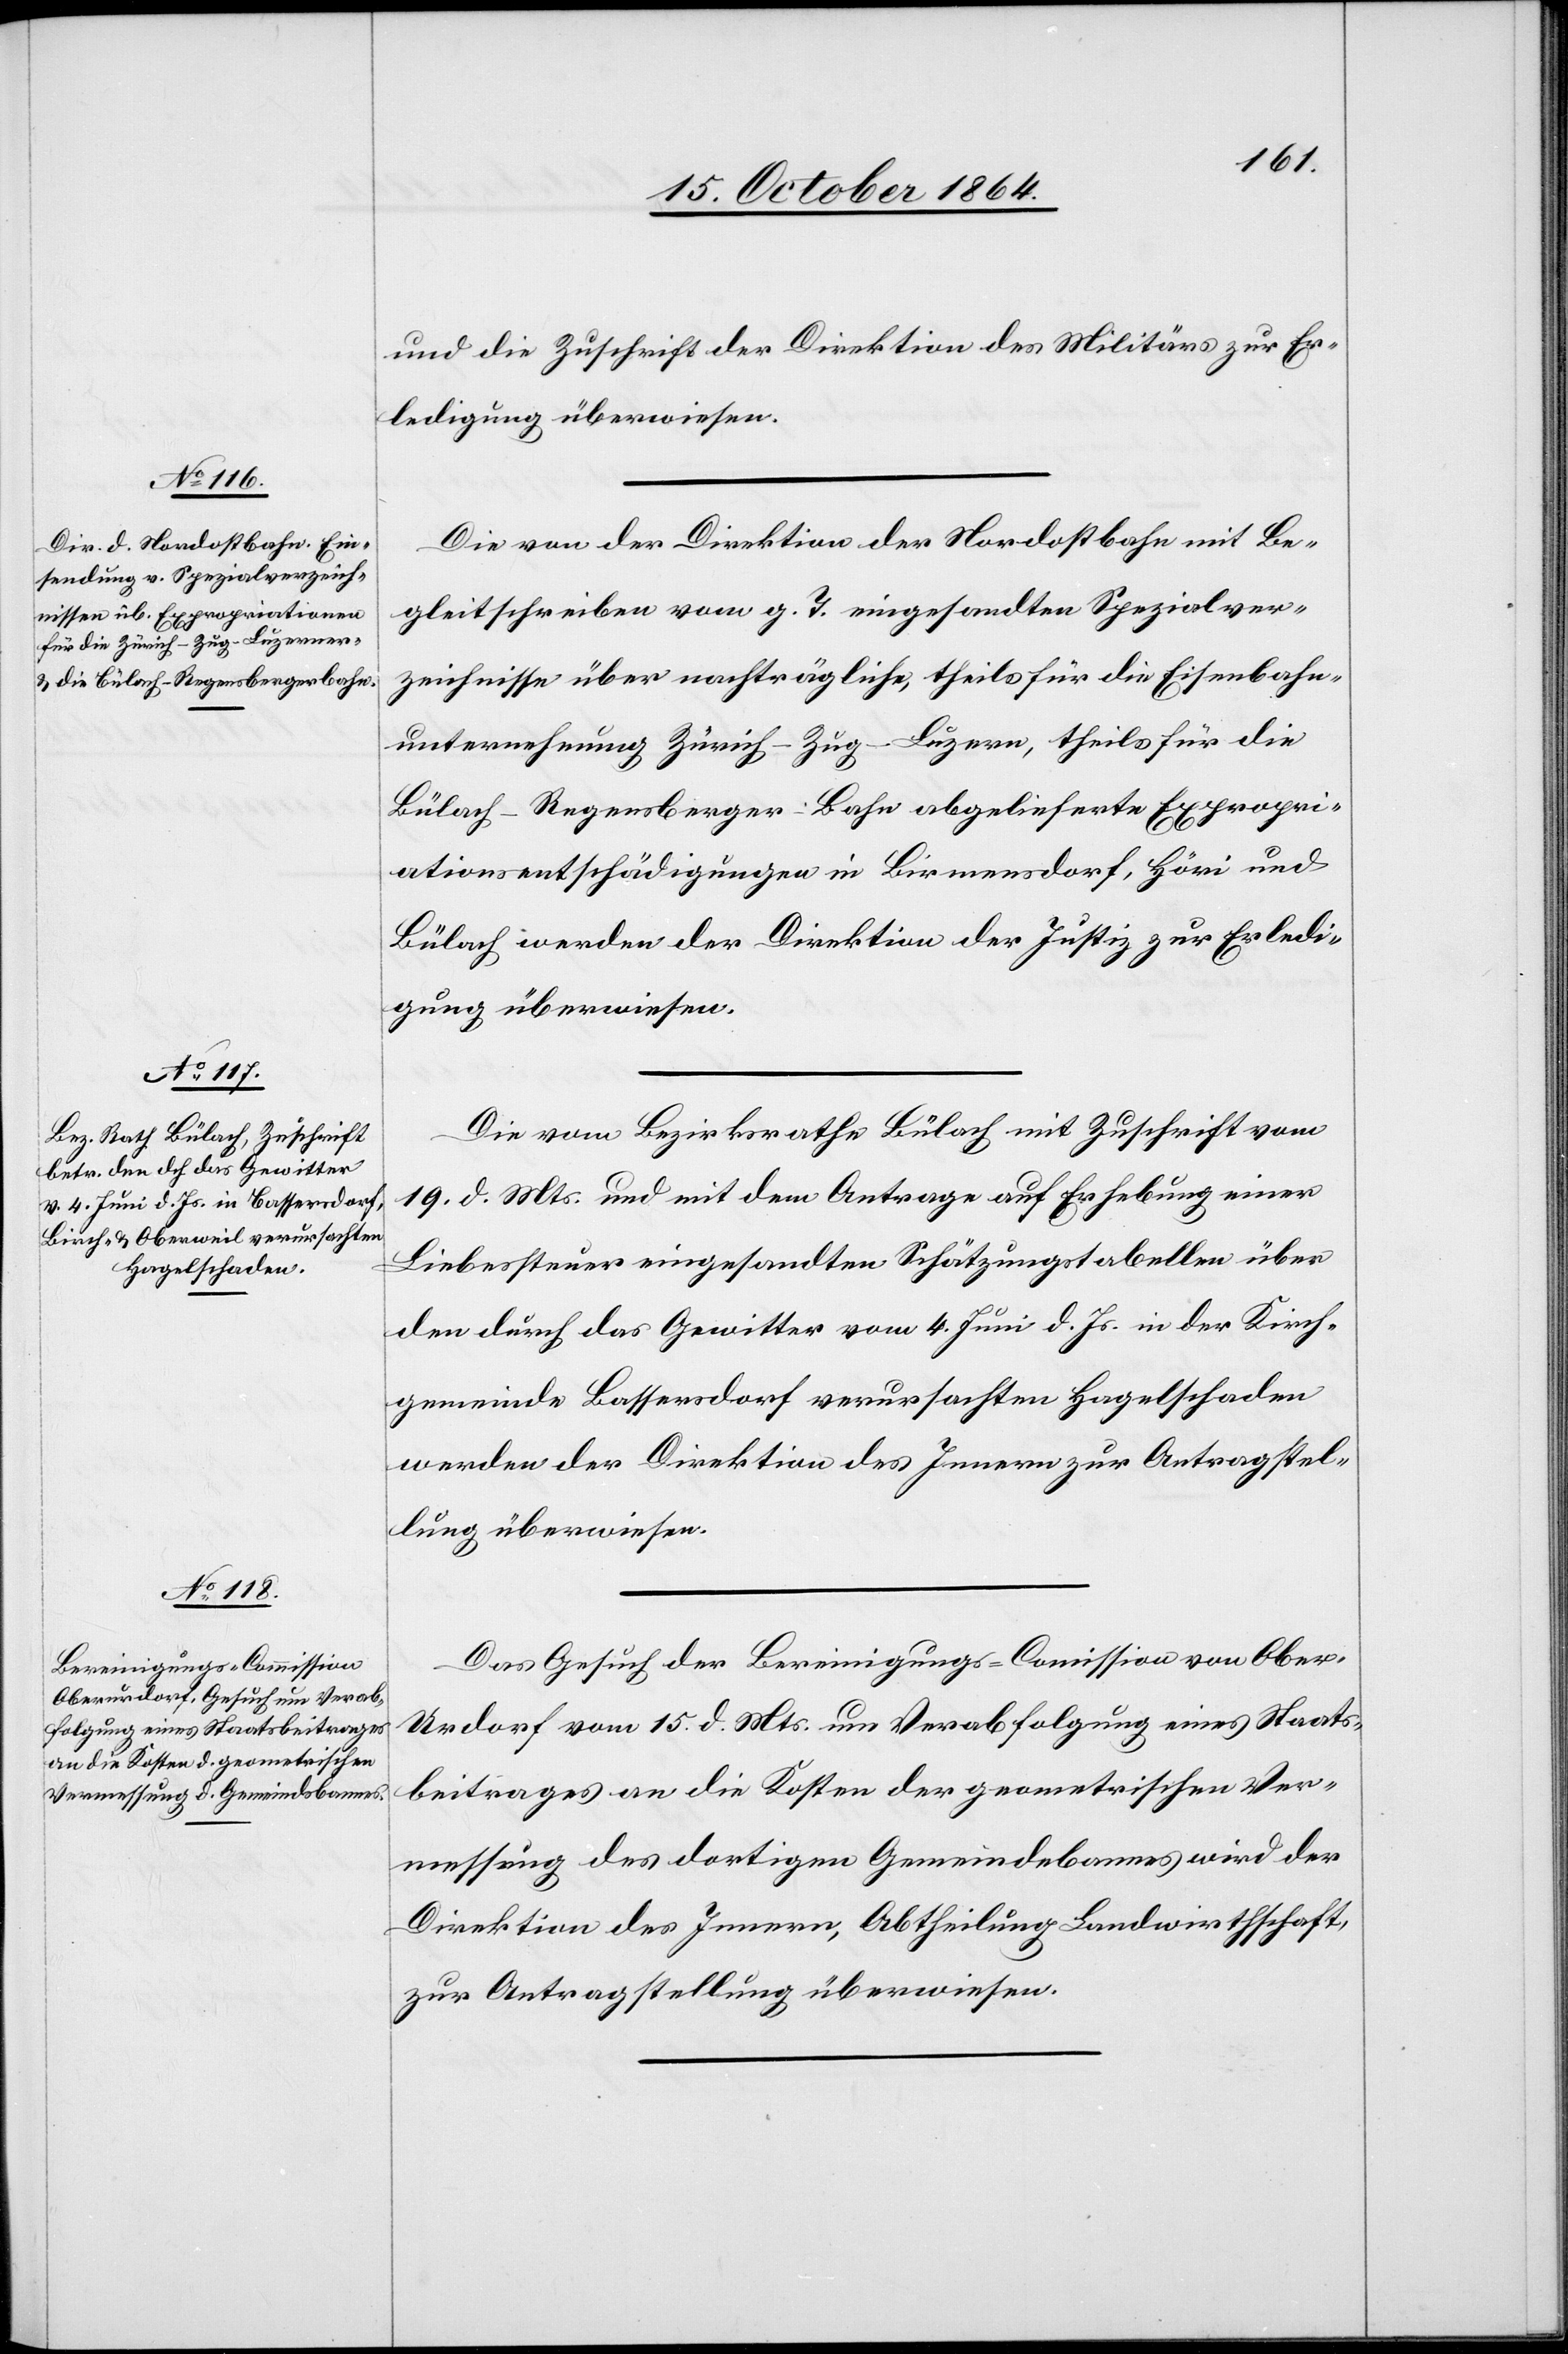
21. October 1864.]
und die Zuschrift der Direktion des Militärs zur Er¬
ledigung überwiesen.
Die von der Direktion der Nordostbahn mit Be¬
gleitschreiben vom g. T. eingesandten Spezialver¬
zeichnisse über nachträgliche, theils für die Eisenbahn¬
unternehmung Zürich–Zug–Luzern, theils für die
Bülach–Regensberger-Bahn abgelieferte Expropri¬
ationsentschädigungen in Birmensdorf, Höri und
Bülach werden der Direktion der Justiz zur Erledi¬
gung überwiesen.
Die vom Bezirksrathe Bülach mit Zuschrift vom
19. d. Mts. und mit dem Antrage auf Erhebung einer
Liebessteuer eingesandten Schätzungstabellen über
den durch das Gewitter vom 4. Juni d. Js. in der Kirch¬
gemeinde Bassersdorf verursachten Hagelschaden
werden der Direktion des Innern zur Antragstel¬
lung überwiesen.
Das Gesuch der Bereinigungs-Commission von Ober-U¬
rdorf vom 15. d. Mts. um Verabfolgung eines Staats¬
beitrages an die Kosten der geometrischen Ver¬
messung des dortigen Gemeindebannes wird der
Direktion des Innern, Abtheilung Landwirthschaft,
zur Antragstellung überwiesen.